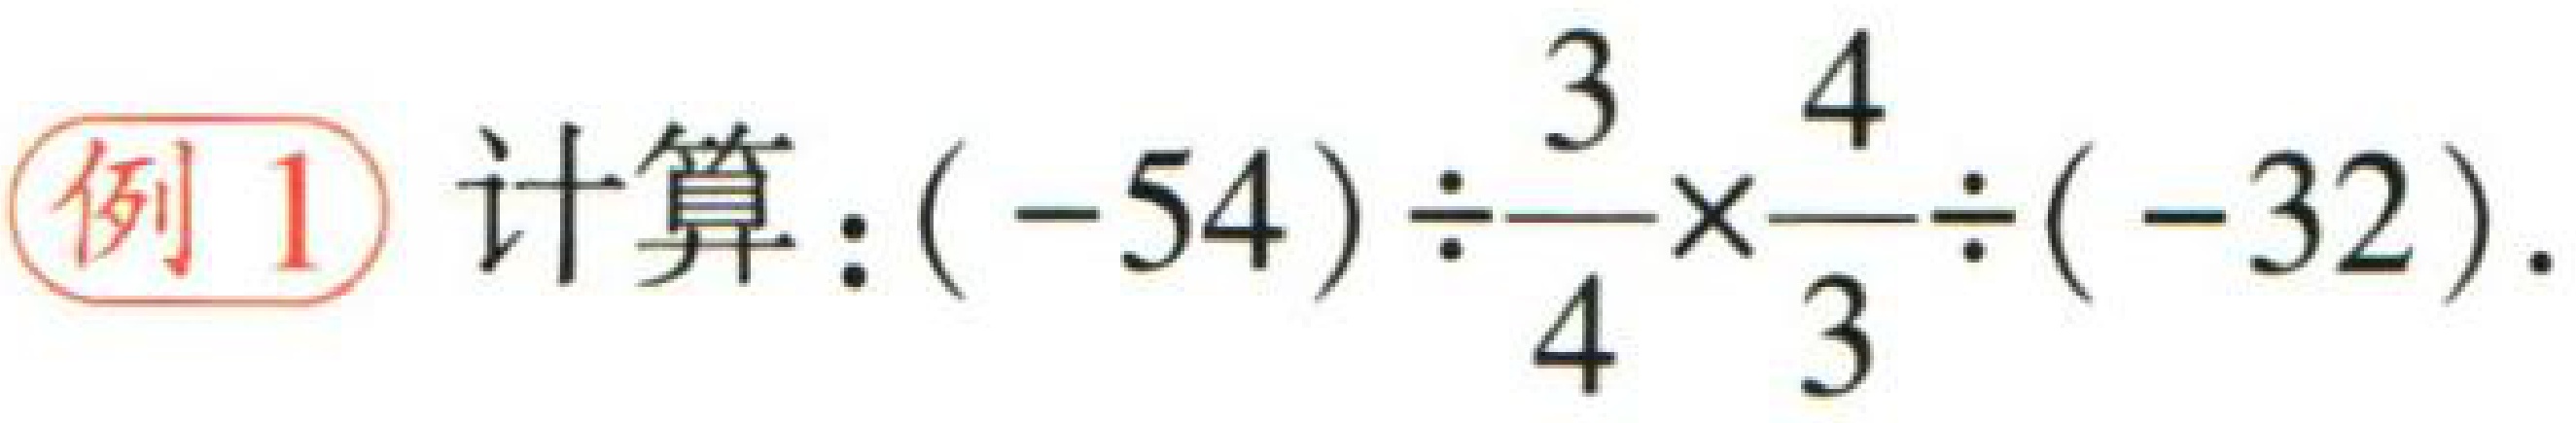
例1 计算：\((-54)\div\frac{3}{4}\times\frac{4}{3}\div(-32)\)